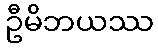
ဦမိဘယဿ